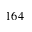
1 6 4